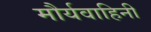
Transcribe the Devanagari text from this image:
मौर्यवाहिनी